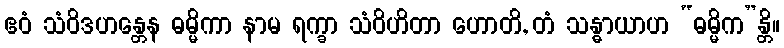
ဧဝံ သံဝိဒဟန္တေန ဓမ္မိကာ နာမ ရက္ခာ သံဝိဟိတာ ဟောတိ, တံ သန္ဓာယာဟ “ဓမ္မိက”န္တိ။